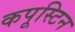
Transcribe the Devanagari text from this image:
कपूस्टिन